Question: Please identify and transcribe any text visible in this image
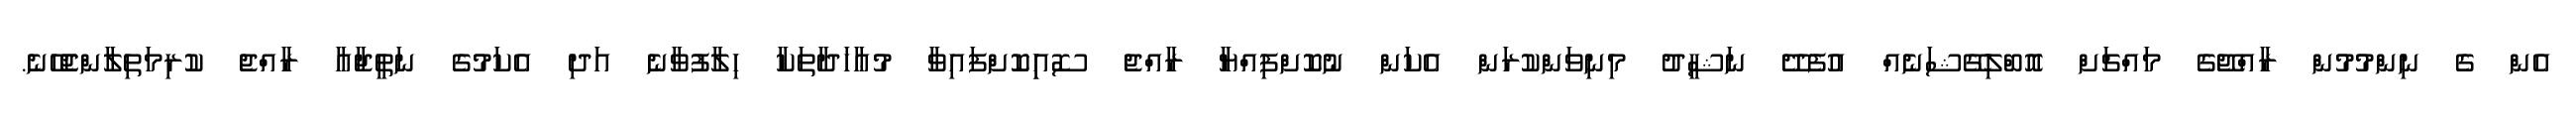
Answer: އެން ގެ ނިންމުމުން ރާއްޖޭގެ މައްޗަށް އޮބްލިގޭޝަނެއް އުފެދޭ ނަޝީދު މިނިވަންކުރަން އެކަން ނުކޮށްފިއްޔާ ރާއްޖެ ސޮއިިކޮށްފައިވާ މުޢާހަދާތަކާ ހިލާފުވާނެ އަދި އެކަމުގެ ނަތީޖާއާ ރާއްޖެ ކުރިމަތިލާންޖެހޭނެ.